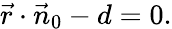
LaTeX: {\vec{r}}\cdot{\vec{n}}_{0}-d=0.